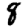
Digit: 8